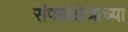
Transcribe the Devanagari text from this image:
संपर्कक्षेत्राच्या